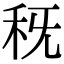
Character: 𥝪